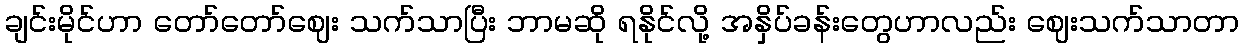
ချင်းမိုင်ဟာ တော်တော်ဈေး သက်သာပြီး ဘာမဆို ရနိုင်လို့ အနှိပ်ခန်းတွေဟာလည်း ဈေးသက်သာတာ